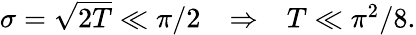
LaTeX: \begin{array}{r}{\sigma=\sqrt{2T}\ll\pi/2\ \ \ \Rightarrow\ \ \ T\ll\pi^{2}/8.}\end{array}